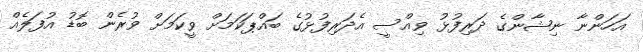
އަހަންނާ ނިޝާންގެ ދަރިފުޅު ވިއްސީ އެދަރިފުޅުގެ ބައްޕަކަމަށް ވީކަމަށް ވުރެން ބޮޑު އުފަލެއް